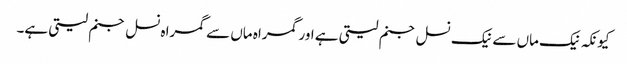
کیونکہ نیک ماں سے نیک نسل جنم لیتی ہے اور گمراہ ماں سے گمراہ نسل جنم لیتی ہے۔